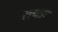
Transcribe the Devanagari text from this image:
तथाः